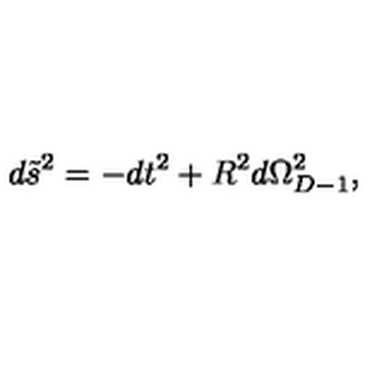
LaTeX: d \tilde { s } ^ { 2 } = - d t ^ { 2 } + R ^ { 2 } d \Omega _ { D - 1 } ^ { 2 } ,